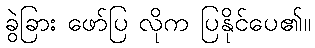
ခွဲခြား ဖော်ပြ လိုက ပြနိုင်ပေ၏။